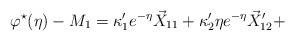
LaTeX: \begin{align*} \varphi^\star(\eta) - M_1 = \kappa'_1e^{-\eta} \vec{X}_{11} + \kappa'_2\eta e^{- \eta} \vec{X}_{12}' + \end{align*}